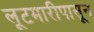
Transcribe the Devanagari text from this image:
लूटमारीपासून